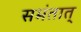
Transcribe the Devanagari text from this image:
समंतात्